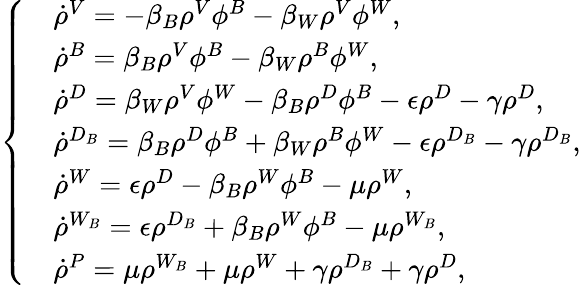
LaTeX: \left\{ \begin{array}{ll}&{\dot{\rho}^{V}=-\beta_{B}\rho^{V}\phi^{B}-\beta_{W}\rho^{V}\phi^{W},}\\ &{\dot{\rho}^{B}=\beta_{B}\rho^{V}\phi^{B}-\beta_{W}\rho^{B}\phi^{W},}\\ &{\dot{\rho}^{D}=\beta_{W}\rho^{V}\phi^{W}-\beta_{B}\rho^{D}\phi^{B}-\epsilon\rho^{D}-\gamma\rho^{D},}\\ &{\dot{\rho}^{D_{B}}=\beta_{B}\rho^{D}\phi^{B}+\beta_{W}\rho^{B}\phi^{W}-\epsilon\rho^{D_{B}}-\gamma\rho^{D_{B}},}\\ &{\dot{\rho}^{W}=\epsilon\rho^{D}-\beta_{B}\rho^{W}\phi^{B}-\mu\rho^{W},}\\ &{\dot{\rho}^{W_{B}}=\epsilon\rho^{D_{B}}+\beta_{B}\rho^{W}\phi^{B}-\mu\rho^{W_{B}},}\\ &{\dot{\rho}^{P}=\mu\rho^{W_{B}}+\mu\rho^{W}+\gamma\rho^{D_{B}}+\gamma\rho^{D},}\end{array}\right.